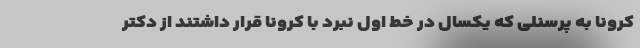
کرونا به پرسنلی که یکسال در خط اول نبرد با کرونا قرار داشتند از دکتر